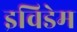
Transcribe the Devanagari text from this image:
इविडेम